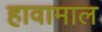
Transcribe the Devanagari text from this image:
हावामाल